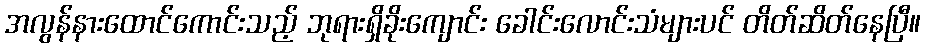
အလွန်နားထောင်ကောင်းသည့် ဘုရားရှိခိုးကျောင်း ခေါင်းလောင်းသံများပင် တိတ်ဆိတ်နေပြီ။